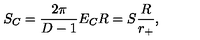
S _ { C } = \frac { 2 \pi } { D - 1 } E _ { C } R = S \frac { R } { r _ { + } } ,